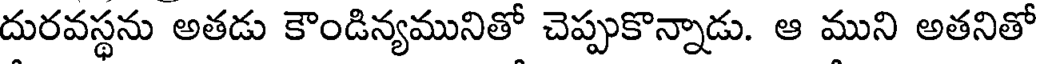
దురవస్థను అతడు కౌండిన్యమునితో చెప్పుకొన్నాడు. ఆ ముని అతనితో